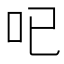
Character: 𠯇